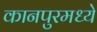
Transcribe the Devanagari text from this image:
कानपुरमध्ये